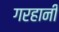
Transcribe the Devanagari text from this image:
गरहानी